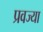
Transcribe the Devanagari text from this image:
प्रवज्या